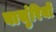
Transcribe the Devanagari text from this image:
बासुंरियों